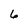
Character: 6